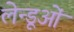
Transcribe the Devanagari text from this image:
लेन्डूओं